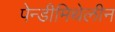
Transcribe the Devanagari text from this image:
पेन्डीमिथेलीन